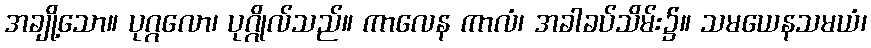
အချို့သော။ ပုဂ္ဂလော၊ ပုဂ္ဂိုလ်သည်။ ကာလေန ကာလံ၊ အခါခပ်သိမ်း၌။ သမယေနသမယံ၊